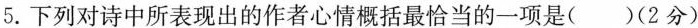
5.下列对诗中所表现出的作者心情概括最恰当的一项是()(2分)